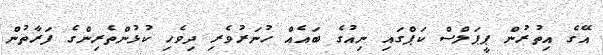
އޭގެ އިތުރުން ޕީޕަލްސް ކަޕްގައި ނިއުގެ ބައެއް ހުނަރުވެރި ދިވެހި ކުޅުންތެރިންގެ ފަރާތުން